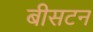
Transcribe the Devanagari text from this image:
बीसटन